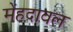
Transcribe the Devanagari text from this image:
मेंहदावल